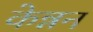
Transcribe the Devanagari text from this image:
केन्नन